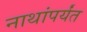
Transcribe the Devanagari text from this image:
नाथांपर्यंत